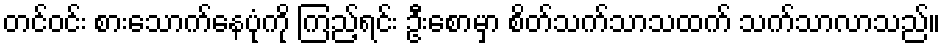
တင်ဝင်း စားသောက်နေပုံကို ကြည့်ရင်း ဦးစောမှာ စိတ်သက်သာသထက် သက်သာလာသည်။